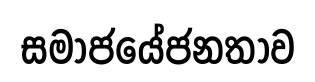
සමාජයේජනතාව